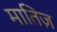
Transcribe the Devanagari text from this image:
मातिज़